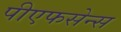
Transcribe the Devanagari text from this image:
पीएफसेन्स